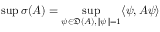
\operatorname* { s u p } \sigma ( A ) = \operatorname* { s u p } _ { \psi \in { \mathfrak { D } } ( A ) , \| \psi \| = 1 } \langle \psi , A \psi \rangle